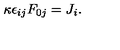
\kappa \epsilon _ { i j } F _ { 0 j } = J _ { i } .